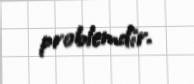
problemdir.